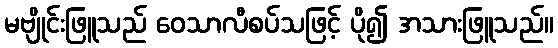
မဗျိုင်းဖြူသည် ဝေသာလီစပ်သဖြင့် ပို၍ အသားဖြူသည်။